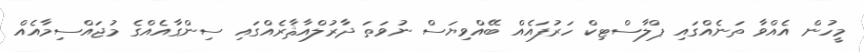
މީހުން އެއްވާ ތަނެއްގައި ޕްލާސްޓިކް ހަރުފައެއް ބޭއްވިޔަސް ނުވަތަ ދާރުލްއާޘާރެއްގައި ސިންގާއެއްގެ މުޖައްސިމާއެއް